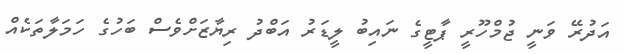
އަދުރޭ ވަނީ ޖުމްހޫރީ ޕާޓީގެ ނައިބު ލީޑަރު އަބްދު ރިޔާޒަށްވެސް ބަހުގެ ހަމަލާތަކެއް